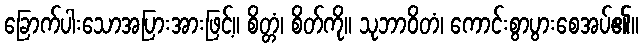
ခြောက်ပါးသောအပြားအားဖြင့်။ စိတ္တံ၊ စိတ်ကို။ သုဘာဝိတံ၊ ကောင်းစွာပွားစေအပ်၏။